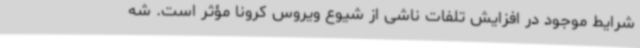
شرایط موجود در افزایش تلفات ناشی از شیوع ویروس کرونا مؤثر است. شه